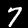
Digit: 7